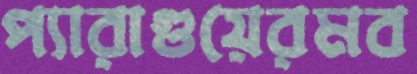
প্যারাগুয়েরমব